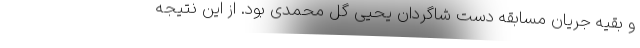
و بقیه جریان مسابقه دست شاگردان یحیی‌ گل‌ محمدی بود. از این نتیجه